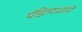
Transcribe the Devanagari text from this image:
पंडितराजांनी